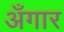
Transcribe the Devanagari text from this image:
अँगार